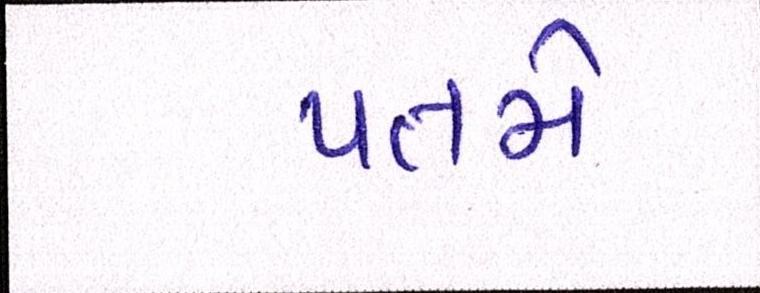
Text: પતમે